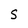
Character: S